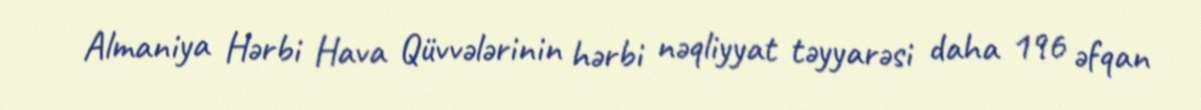
Almaniya Hərbi Hava Qüvvələrinin hərbi nəqliyyat təyyarəsi daha 196 əfqan